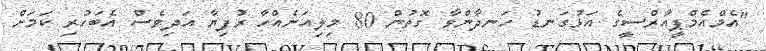
"އެމްްއެމްޕީއާރްސީގެ އަޅުގަނޑު ހަނދާންވާ ގޮތުން 80 މިލިއަނެއްހާ ރުފިޔާ އަދިވެސް އެބަހުރި ކަމަށް